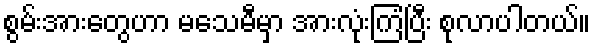
စွမ်းအားတွေဟာ မသေမီမှာ အားလုံးကြံပြီး စုလာပါတယ်။